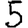
Digit: 5